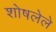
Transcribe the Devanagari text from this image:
शोषलेले